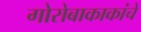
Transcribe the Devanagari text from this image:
गोरोबाकाकांचे